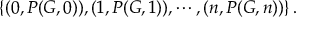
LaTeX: \left\{ ( 0 , P ( G , 0 ) ) , ( 1 , P ( G , 1 ) ) , \cdots , ( n , P ( G , n ) ) \right\} .